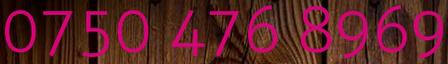
0750 476 8969